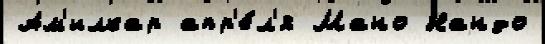
Ам'илкар апр'е́л'я Мано Нандо